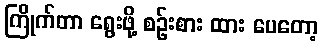
ကြိုက်တာ ရွေးဖို့ စဉ်းစား ထား ပေတော့